Reports on military cantonments and civil stations in the Presidency of Bombay inspected by the Sanitary Commissioner in the years 1875 and 1876
Year: 1875
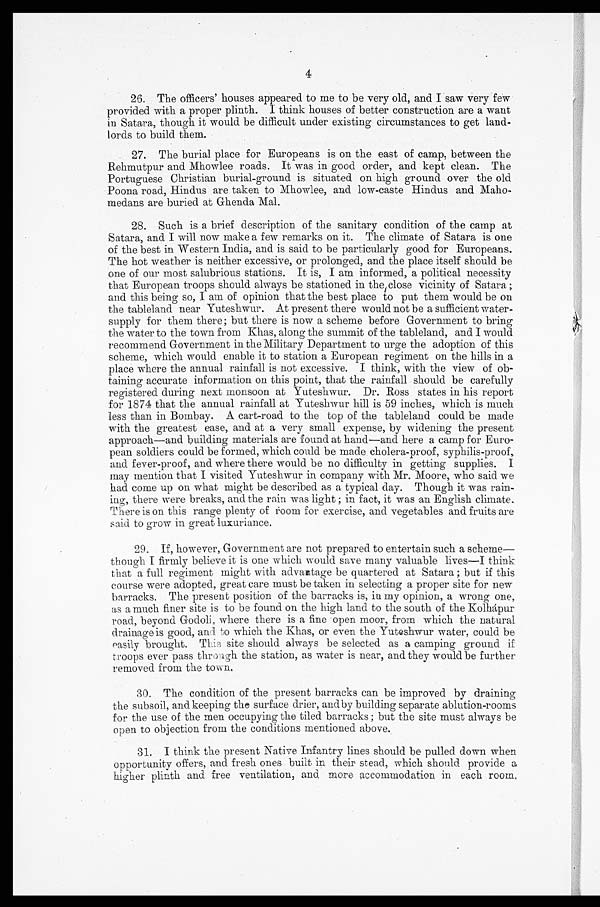
4
26. The officers' houses appeared to me to be very old, and I saw very few
provided with a proper plinth. I think houses of better construction are a want
in Satara, though it would be difficult under existing circumstances to get land-
lords to build them.
27. The burial place for Europeans is on the east of camp, between the
Rehmutpur and Mhowlee roads. It was in good order, and kept clean. The
Portuguese Christian burial-ground is situated on high ground over the old
Poona road, Hindus are taken to Mhowlee, and low-caste Hindus and Maho
-medans are buried at Ghenda Mal.
28. Such is a brief description of the sanitary condition of the camp at
Satara, and I will now make a few remarks on it. The climate of Satara is one
of the best in Western India, and is said to be particularly good for Europeans.
The hot weather is neither excessive, or prolonged, and the place itself should be
one of our most salubrious stations. It is, I am informed, a political necessity
that European troops should always be stationed in the close vicinity of Satara;
and this being so, I am of opinion that the best place to put them would be on
the tableland near Yuteshwur. At present there would not be a sufficient water-
supply for them there; but there is now a scheme before Government to bring
the water to the town from Khas, along the summit of the tableland, and I would
recommend Government in the Military Department to urge the adoption of this
scheme, which would enable it to station a European regiment on the hills in a
place where the annual rainfall is not excessive. I think, with the view of ob-
taining accurate information on this point, that the rainfall should be carefully
registered during next monsoon at Yuteshwur. Dr. Ross states in his report
for 1874 that the annual rainfall at Yuteshwur hill is 59 inches, which is much
less than in Bombay. A cart-road to the top of the tableland could be made
with the greatest ease, and at a very small expense, by widening the present
approach—and building materials are found at hand—and here a camp for Euro-
pean soldiers could be formed, which could be made cholera-proof, syphilis-proof,
and fever-proof, and where there would be no difficulty in getting supplies. I
may mention that I visited Yuteshwur in company with Mr. Moore, who said we
had come up on what might be described as a typical day. Though it was rain-
ing, there were breaks, and the rain was light; in fact, it was an English climate.
There is on this range plenty of room for exercise, and vegetables and fruits are
said to grow in great luxuriance.
29. If, however, Government are not prepared to entertain such a scheme—
though I firmly believe it is one which would save many valuable lives—I think
that a full regiment might with advantage be quartered at Satara; but if this
course were adopted, great care must be taken in selecting a proper site for new
barracks. The present position of the barracks is, in my opinion, a wrong one,
as a much finer site is to be found on the high land to the south of the Kolhápur
road, beyond Godoli, where there is a fine open moor, from which the natural
drainage is good, and. to which the Khas, or even the Yuteshwur water, could be
easi ly brought. This site should always be selected as a camping ground if
troops ever pass through the station, as water is near, and they would be further
removed from the town.
30. The condition of the present barracks can be improved by draining
the subsoil, and keeping the surface drier, and by building separate ablution-rooms
for the use of the men occupying the tiled barracks; but the site must always be
open to objection from the conditions mentioned above.
31. I think the present Native Infantry lines should be pulled down when
opportunity offers, and fresh ones built in their stead, which should provide a
higher plinth and free ventilation, and more accommodation in each room.